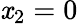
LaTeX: \mathit{x}_{2}=0